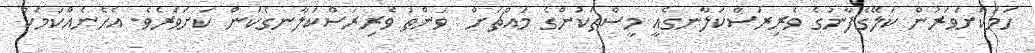
ހަމަކަށަވަރުން ކަލޭގެފާނުގެ ވެރިރަސްކަލާނގެއީ މީސްތަކުންގެ މައްޗަށް  ވަންތަ ވެރިރަސްކަލާނގެކަން ކަށަވަރެވެ. އެހެނެއްކަމަކު